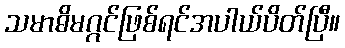
သမာဓိမဂ္ဂင်ဖြစ်ရင်အပါယ်ပိတ်ပြီ။